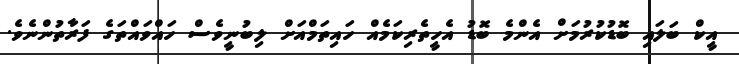
އީކް ބަލައި ބޮޑުކުރުމަށް އެންމެ ބޮޑު އެހީތެރިކަމެއް ހައިތަމްއަށް ލިބުނީވެސް ހައްވައްތަގެ ފަރާތުންނެވެ.